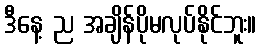
ဒီနေ့ ည အချိန်ပိုမလုပ်နိုင်ဘူး။